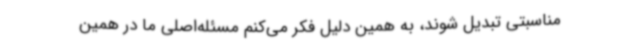
مناسبتی تبدیل شوند،‌ به همین دلیل فکر می‌کنم مسئله‌اصلی ما در همین